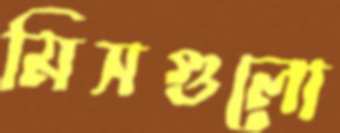
মিসগুলো